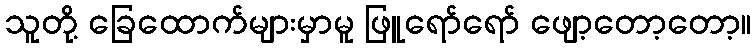
သူတို့ ခြေထောက်များမှာမူ ဖြူရော်ရော် ဖျော့တော့တော့။